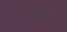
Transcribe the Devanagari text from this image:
पुजारीण